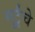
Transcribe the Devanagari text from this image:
गुर्टूंचे